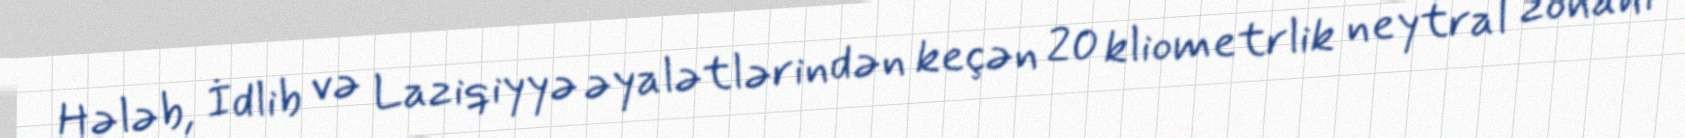
Hələb, İdlib və Laziqiyyə əyalətlərindən keçən 20 kliometrlik neytral zonanı